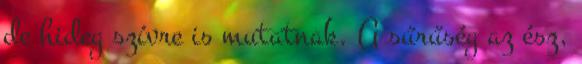
de hideg szívre is mutatnak. A sűrűség az ész,